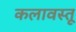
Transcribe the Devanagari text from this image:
कलावस्तू